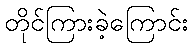
တိုင်ကြားခဲ့ကြောင်း